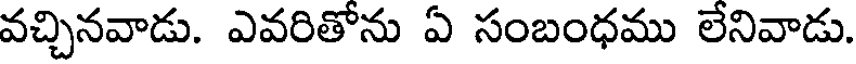
వచ్చినవాడు. ఎవరితోను ఏ సంబంధము లేనివాడు.